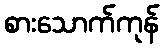
စားသောက်ကုန်